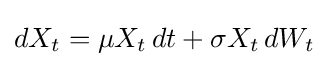
dX_{t}=\mu X_{t}\,dt+\sigma X_{t}\,dW_{t}